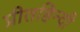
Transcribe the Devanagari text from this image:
प्रीतहिन्दी